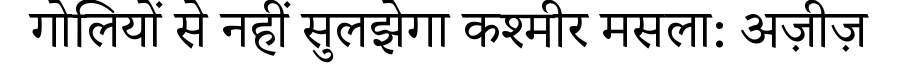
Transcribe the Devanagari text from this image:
गोलियों से नहीं सुलझेगा कश्मीर मसला: अज़ीज़